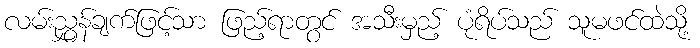
လမ်းညွှန်ချက်ဖြင့်သာ ဖြည့်ရာတွင် အသီးမှည့် ပုံရိပ်သည် သူမဖင်ထဲသို့